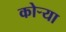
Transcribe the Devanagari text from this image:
कोऱ्‍या